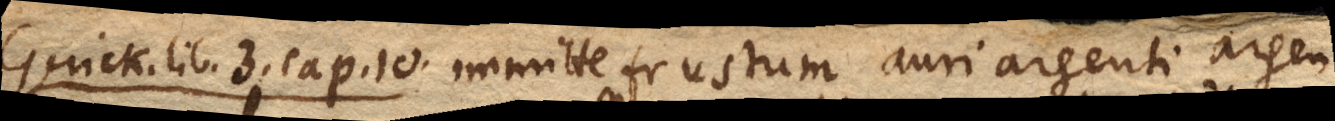
Gerick. lib. 3. cap. 10. Immitte frustum auri, argenti, argen–